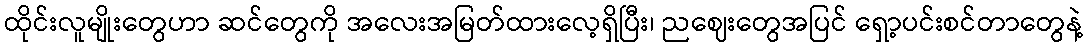
ထိုင်းလူမျိုးတွေဟာ ဆင်တွေကို အလေးအမြတ်ထားလေ့ရှိပြီး၊ ညဈေးတွေအပြင် ရှော့ပင်းစင်တာတွေနဲ့